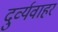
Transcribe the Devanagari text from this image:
दुर्व्यवाहर